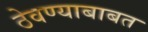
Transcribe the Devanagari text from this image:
ठेवण्याबाबत